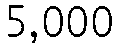
5,000